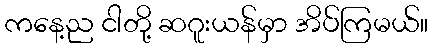
ကနေ့ည ငါတို့ ဆဂူးယန်မှာ အိပ်ကြမယ်။